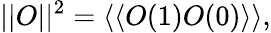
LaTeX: ||O||^{2}=\langle\langle O(1)O(0)\rangle\rangle,